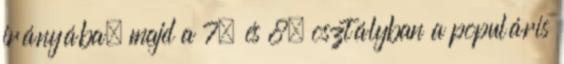
irányába, majd a 7. és 8. osztályban a populáris